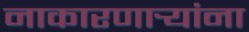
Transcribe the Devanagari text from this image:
नाकारणार्‍यांना